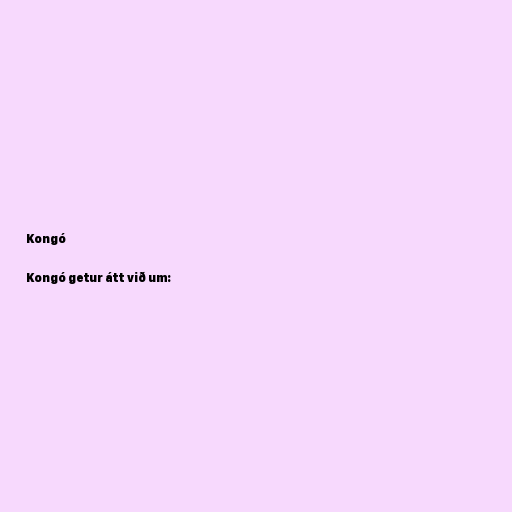
Kongó

Kongó getur átt við um: